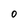
Character: O